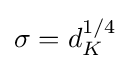
\sigma =d_{K}^{1/4}